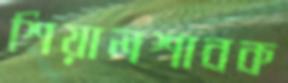
শিয়ালশাবক